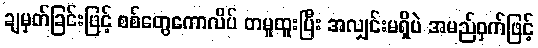
ချမှတ်ခြင်းဖြင့် စစ်တွေကောလိပ် တမူထူးပြီး အလျှင်းမရှိပဲ အမည်ဝှက်ဖြင့်